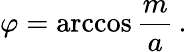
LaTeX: \varphi=\operatorname{arccos}\frac{m}{a}\, .